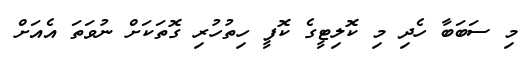
މި ސަބަބާ ހެދި މި ކޮލިޓީގެ ކޮފީ ހިތުހުރި ގޮތަކަށް ނުވަތަ އެއަށް